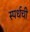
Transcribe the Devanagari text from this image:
स्पर्धची